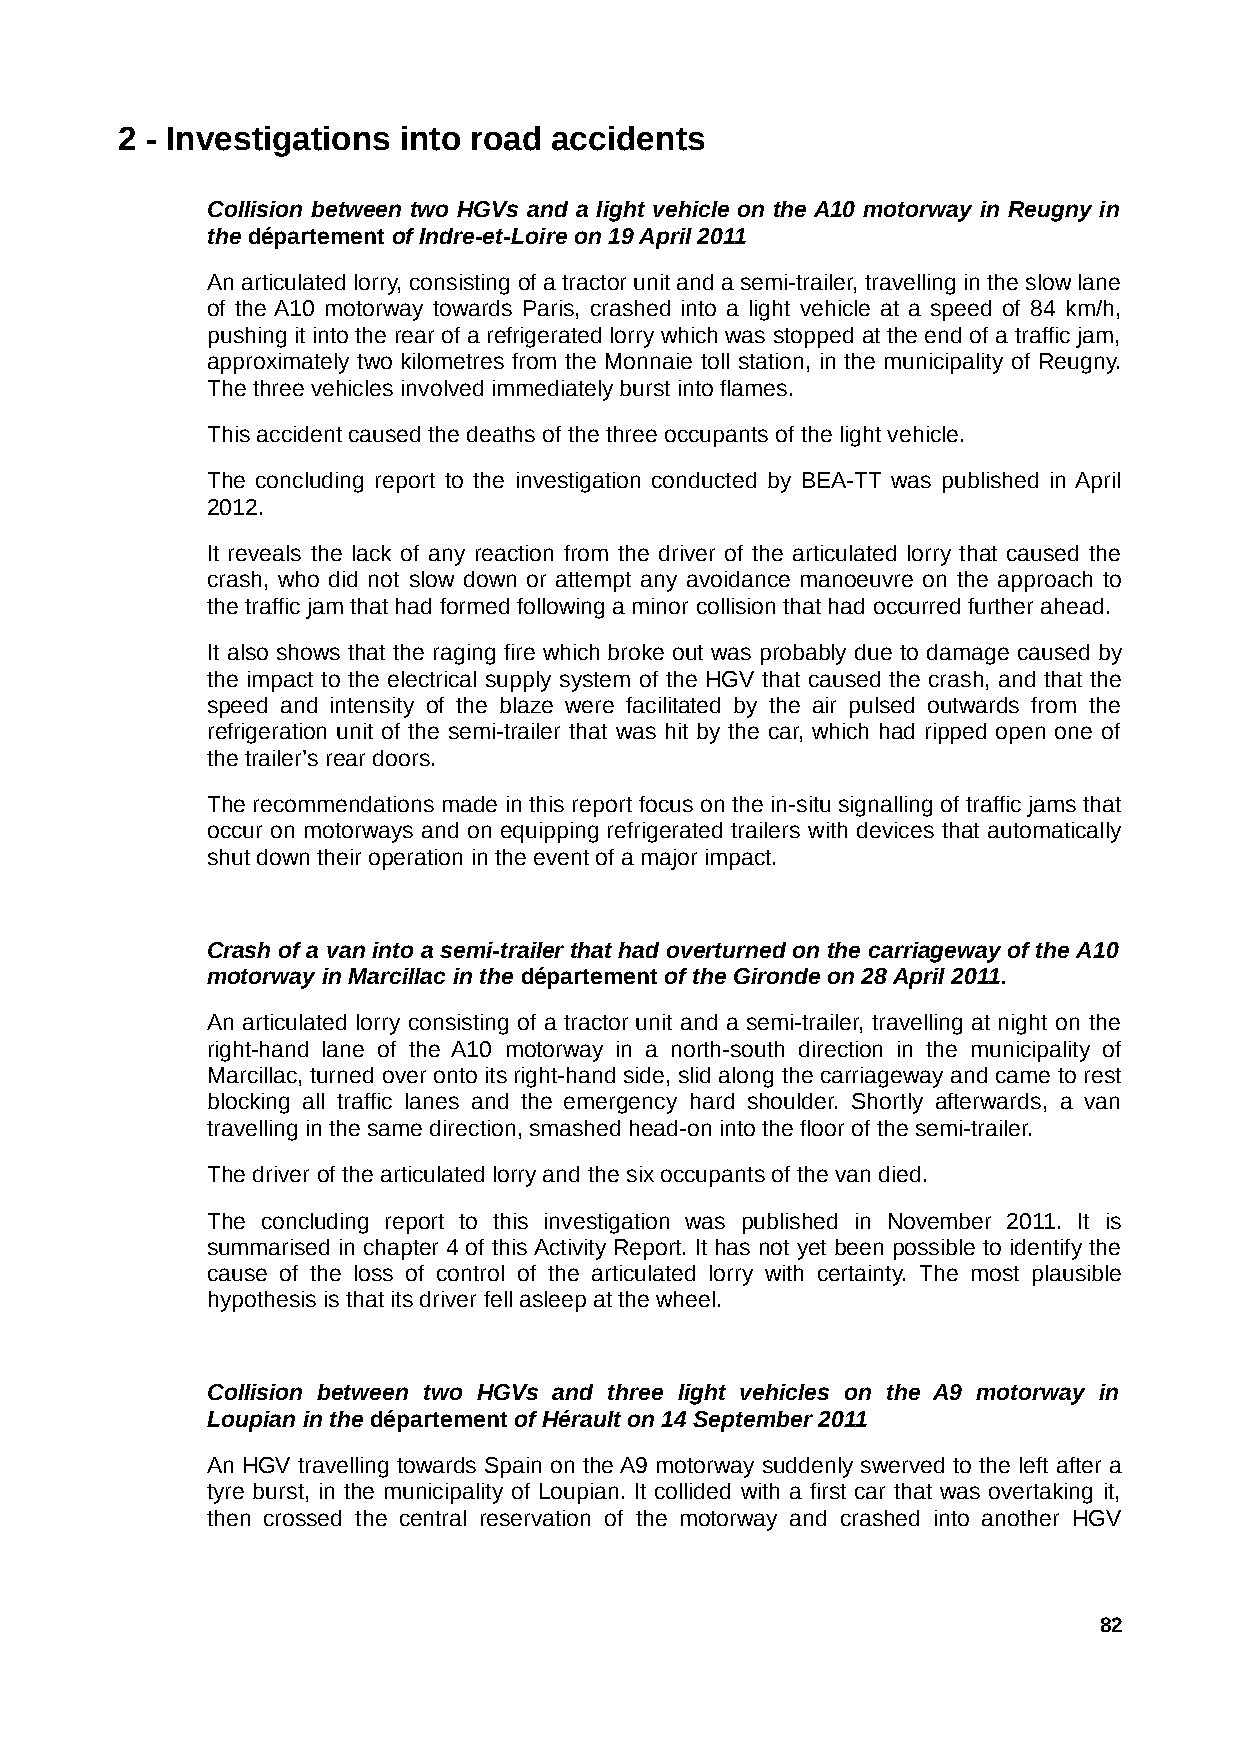
2 - Investigations into road accidents
 Collision between two HGVs and a light vehicle on the A10 motorway in Reugny in
 the département of Indre-et-Loire on 19 April 2011
 An articulated lorry, consisting of a tractor unit and a semi-trailer, travelling in the slow lane
 of the A10 motorway towards Paris, crashed into a light vehicle at a speed of 84 km/h,
 pushing it into the rear of a refrigerated lorry which was stopped at the end of a traffic jam,
 approximately two kilometres from the Monnaie toll station, in the municipality of Reugny.
 The three vehicles involved immediately burst into flames.
 This accident caused the deaths of the three occupants of the light vehicle.
 The concluding report to the investigation conducted by BEA-TT was published in April
 2012.
 It reveals the lack of any reaction from the driver of the articulated lorry that caused the
 crash, who did not slow down or attempt any avoidance manoeuvre on the approach to
 the traffic jam that had formed following a minor collision that had occurred further ahead.
 It also shows that the raging fire which broke out was probably due to damage caused by
 the impact to the electrical supply system of the HGV that caused the crash, and that the
 speed and intensity of the blaze were facilitated by the air pulsed outwards from the
 refrigeration unit of the semi-trailer that was hit by the car, which had ripped open one of
 the trailer’s rear doors.
 The recommendations made in this report focus on the in-situ signalling of traffic jams that
 occur on motorways and on equipping refrigerated trailers with devices that automatically
 shut down their operation in the event of a major impact.
 Crash of a van into a semi-trailer that had overturned on the carriageway of the A10
 motorway in Marcillac in the département of the Gironde on 28 April 2011.
 An articulated lorry consisting of a tractor unit and a semi-trailer, travelling at night on the
 right-hand lane of the A10 motorway in a north-south direction in the municipality of
 Marcillac, turned over onto its right-hand side, slid along the carriageway and came to rest
 blocking all traffic lanes and the emergency hard shoulder. Shortly afterwards, a van
 travelling in the same direction, smashed head-on into the floor of the semi-trailer.
 The driver of the articulated lorry and the six occupants of the van died.
 The concluding report to this investigation was published in November 2011. It is
 summarised in chapter 4 of this Activity Report. It has not yet been possible to identify the
 cause of the loss of control of the articulated lorry with certainty. The most plausible
 hypothesis is that its driver fell asleep at the wheel.
 Collision between two HGVs and three light vehicles on the A9 motorway in
 Loupian in the département of Hérault on 14 September 2011
 An HGV travelling towards Spain on the A9 motorway suddenly swerved to the left after a
 tyre burst, in the municipality of Loupian. It collided with a first car that was overtaking it,
 then crossed the central reservation of the motorway and crashed into another HGV
 82